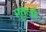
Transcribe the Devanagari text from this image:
मुतर्जा